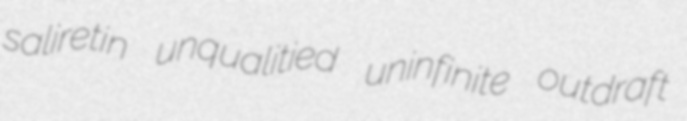
saliretin unqualitied uninfinite outdraft